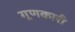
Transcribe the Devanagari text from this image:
गूणकारी